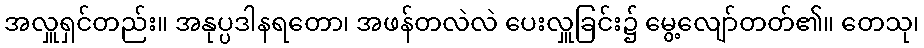
အလှူရှင်တည်း။ အနုပ္ပဒါနရတော၊ အဖန်တလဲလဲ ပေးလှူခြင်း၌ မွေ့လျော်တတ်၏။ တေသု၊